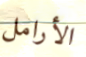
الأرامل